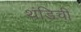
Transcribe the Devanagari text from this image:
थंडिची